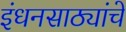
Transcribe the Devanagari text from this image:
इंधनसाठ्यांचे